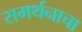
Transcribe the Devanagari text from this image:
समर्थनाचा